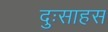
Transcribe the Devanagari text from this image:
दुःसाहस